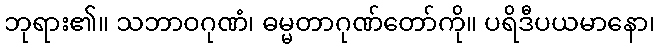
ဘုရား၏။ သဘာဝဂုဏံ၊ ဓမ္မတာဂုဏ်တော်ကို။ ပရိဒီပယမာနော၊